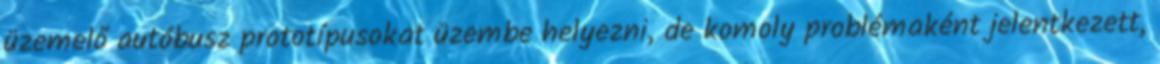
üzemelő autóbusz prototípusokat üzembe helyezni, de komoly problémaként jelentkezett,